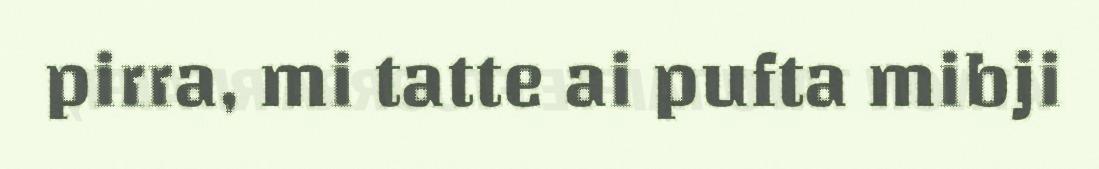
pirra, mi tatte ai pufta mibji